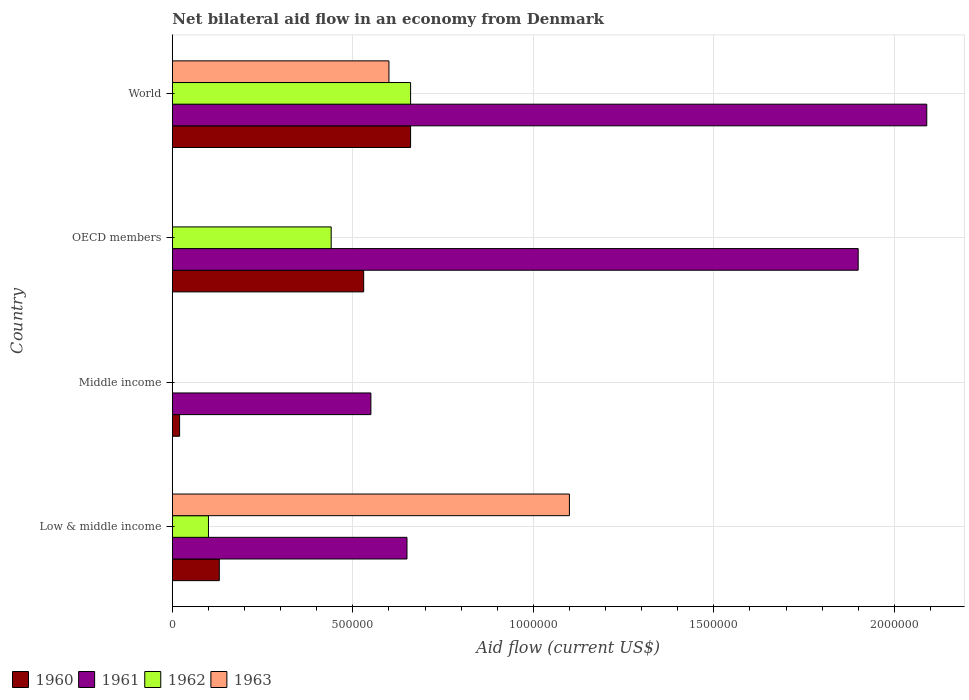
| Country | 1960 | 1961 | 1962 | 1963 |
 | --- | --- | --- | --- | --- |
 | Low & middle income | 1.3e+05 | 6.5e+05 | 1e+05 | 1.1e+06 |
 | Middle income | 2e+04 | 5.5e+05 | -1.2e+05 | -1e+05 |
 | OECD members | 5.3e+05 | 1.9e+06 | 4.4e+05 | -6e+05 |
 | World | 6.6e+05 | 2.09e+06 | 6.6e+05 | 6e+05 |